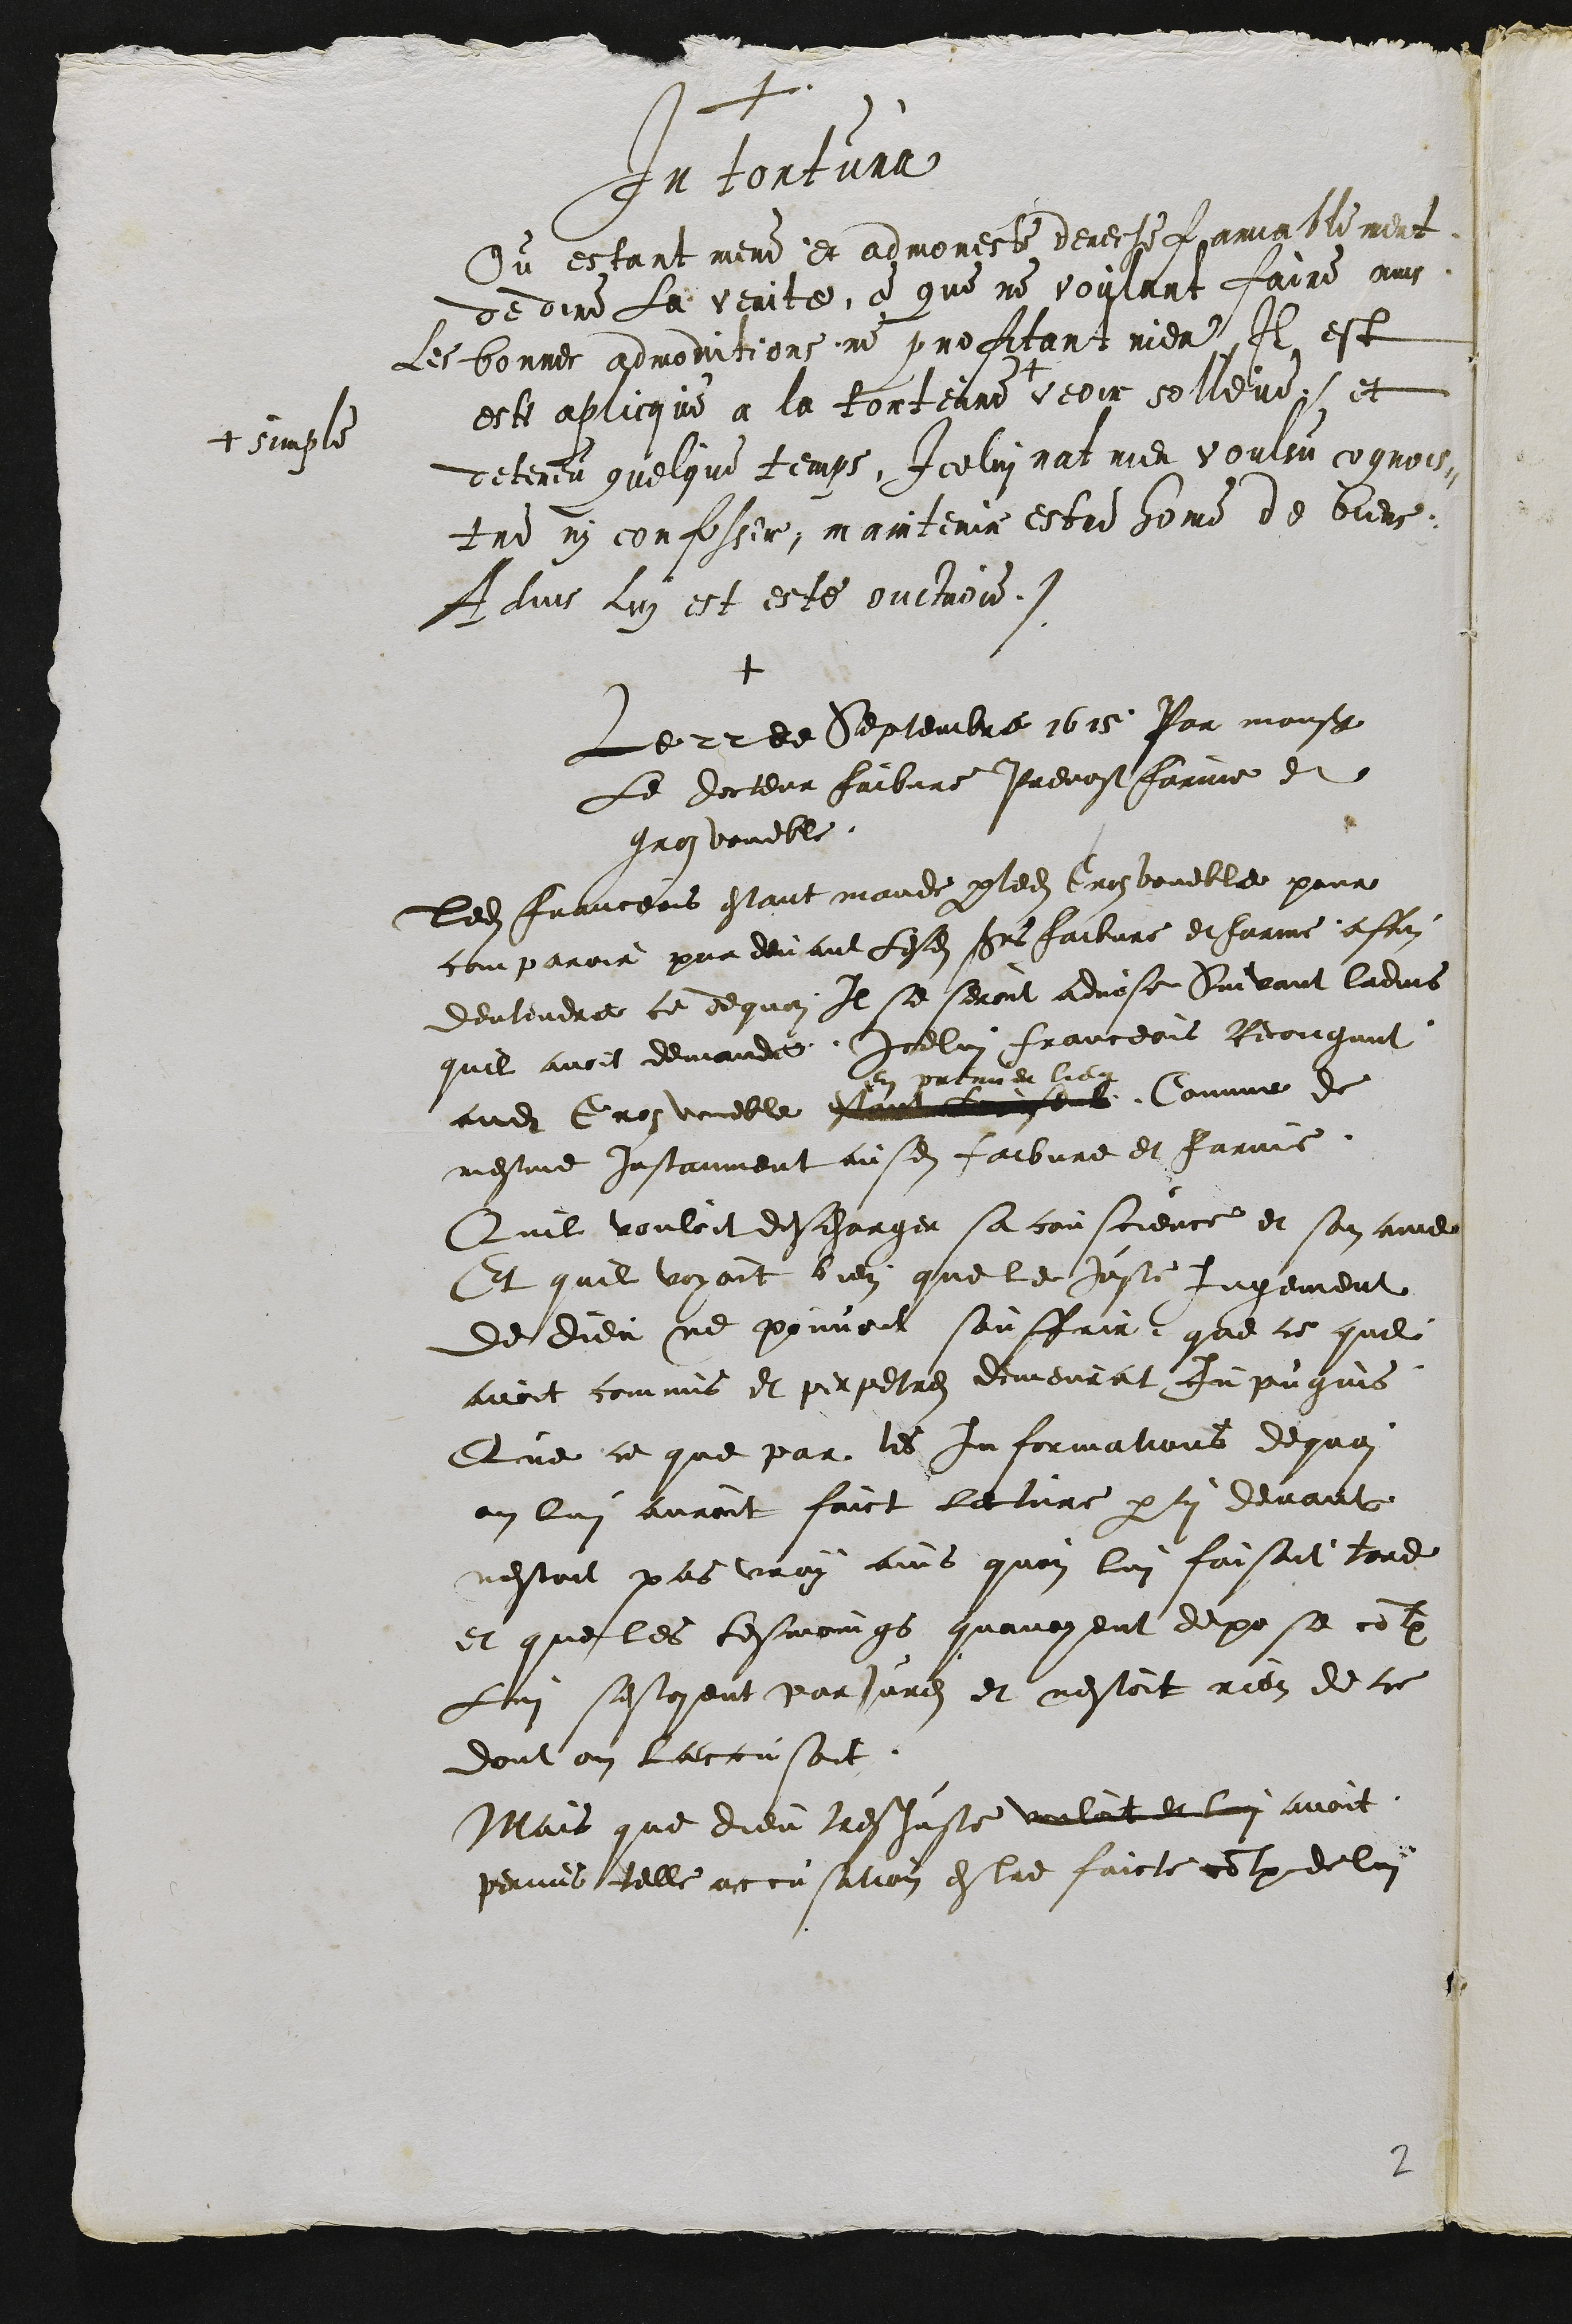
+
In tortura.
Ou estant mene et admoneste derechef amiablement
de dire la verite, ce que ne voulant faire ains
les bonnes admonitions ne profitant rien, Il est
este aplicque a la torteure +
+ simple
veoir solleve et
deteneu quelque temps, Icelui nat rien voulsu cognois¬
tre ny confesser, maintenir estre home de biens,
Advis lui est este ouctroie
+
Le 22 de Septembre 1615 Par monsieur
Le docteur faibvre Prevost farine et
gros voueble
ledit Franceois estant mande par ledit Gros voueble pour
comparoir par devant lesdits sieurs faibvre et farine affin
dentendre ce dequoi Il se seroit advise Suivant ladvis
quil avoit demande Icelui Franceois Recongnut
audit Gros voueble estant laissent
en premier lieu
Comme de
mesme Instanment ausdits faibvre et farine
Quil vouloit descharger sa conscience et son ame
Et quil voyoit bien que le juste jugement
de dieu ne pouvoit souffrir que ce quil
avoit commis et perpetres demeurat Inpugnis
Que ce que par les informations dequoi
on lui auroit faict lecture par cy devant
nestoit pas vray ains quon lui faisoit tord
et que les tesmoings quavoyent depose contre
Lui sestoyent parjures et nestoit rien de ce
dont on laccusoit
Mais que dieu tresjuste vouloit et lui avoit
permit telle accusation estre faicte contre de lui